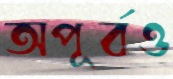
অপূর্বও